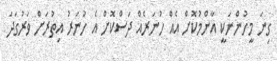
ގިނަ މީހުންނަކީ އާންމުކޮށް އެއް ހުނަރެއް ދަސްކޮށް އެ ހުނަރު އިތުރަށް ވަރުގަދަ